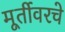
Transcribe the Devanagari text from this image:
मूर्तीवरचे